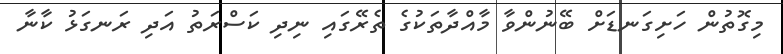
މިގޮތުން ހަށިގަނޑަށް ބޭނުންވާ މާއްދާތަކުގެ ތެރޭގައި ނިދި ކަސްރަތު އަދި ރަނގަޅު ކާނާ